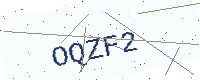
Text: OQZF2